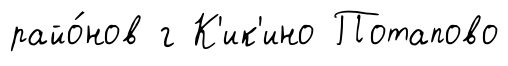
райо́нов г К'ик'ино Потапово